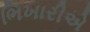
ભિખારીએ